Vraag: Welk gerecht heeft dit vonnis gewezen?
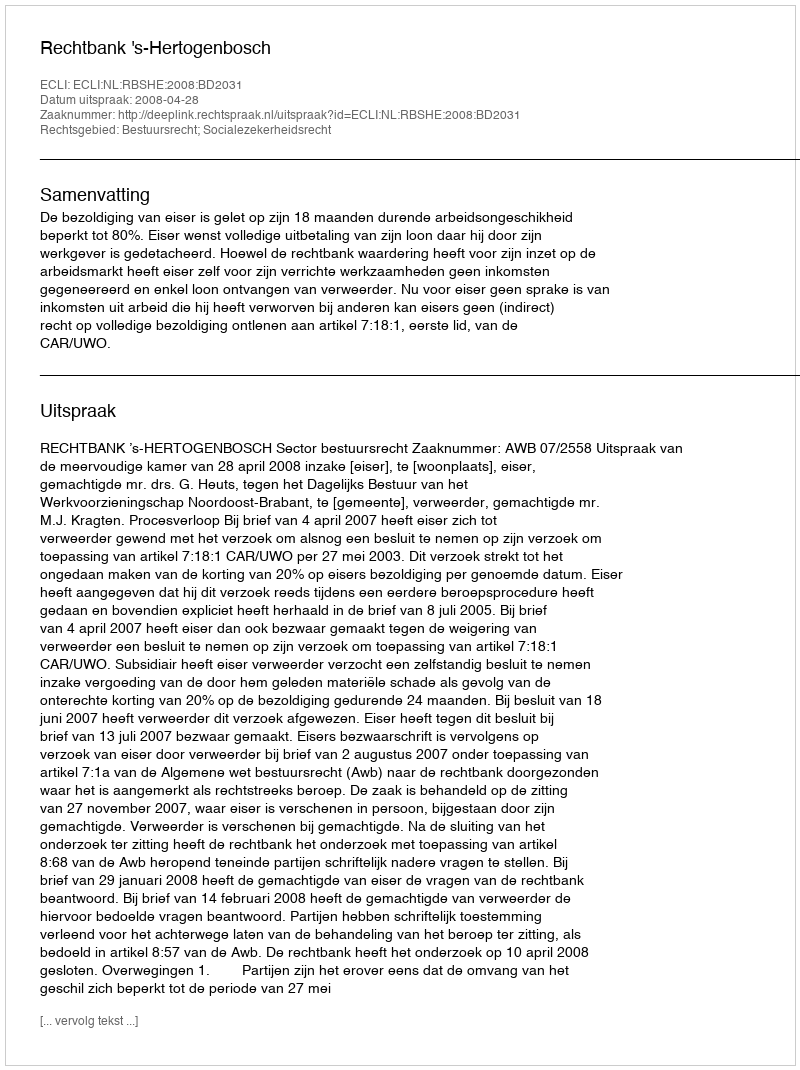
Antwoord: Rechtbank 's-Hertogenbosch